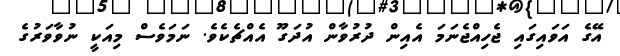
އޭގެ އަވައިގައި ޖެހިއްޖެނަމަ އެއިން ދުރުވާން އުދަގޫ އެއްޗެކެވެ. ނަމަވެސް މިއަކީ ނުވާވަރުގެ